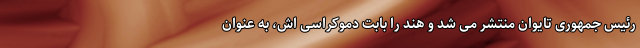
رئیس جمهوری تایوان منتشر می شد و هند را بابت دموکراسی اش، به عنوان